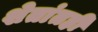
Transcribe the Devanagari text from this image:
शेतांतही